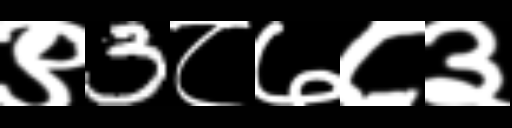
Text: ९3८७८३